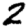
Digit: 2